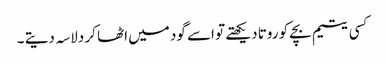
کسی یتیم بچے کو روتا دیکھتے تو اسے گود میں اٹھا کر دلاسہ دیتے ۔